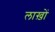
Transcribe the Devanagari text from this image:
लाख़ों